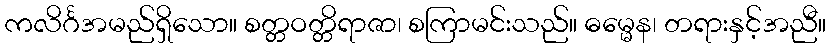
ကလိင်္ဂအမည်ရှိသော။ စတ္တဝတ္တိရာဇာ၊ စကြာမင်းသည်။ ဓမ္မေန၊ တရားနှင့်အညီ။